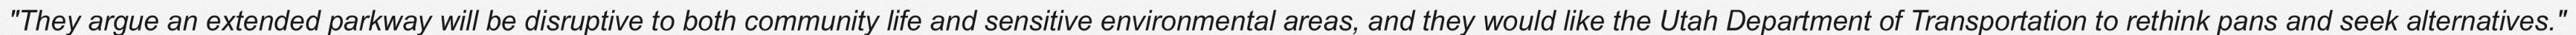
"They argue an extended parkway will be disruptive to both community life and sensitive environmental areas, and they would like the Utah Department of Transportation to rethink pans and seek alternatives."